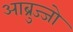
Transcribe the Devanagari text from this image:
आब्रुज्जो